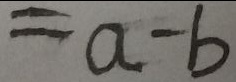
= a - b